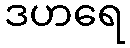
ဒဟရေ